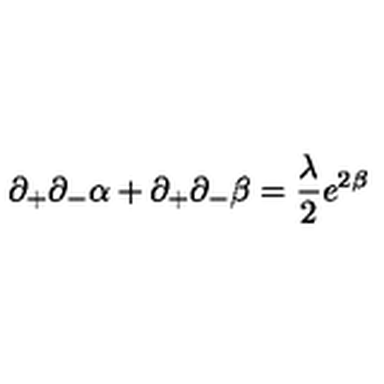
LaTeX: \partial _ { + } \partial _ { - } \alpha + \partial _ { + } \partial _ { - } \beta = \frac { \lambda } { 2 } e ^ { 2 \beta }